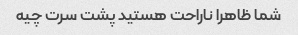
شما ظاهرا ناراحت هستید پشت سرت چیه